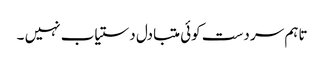
تاہم سر دست کوئی متبادل دستیاب نہیں ۔